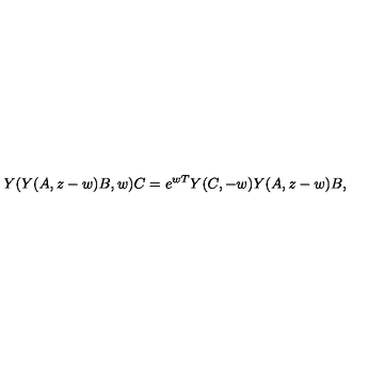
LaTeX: Y ( Y ( A , z - w ) B , w ) C = e ^ { w T } Y ( C , - w ) Y ( A , z - w ) B ,